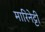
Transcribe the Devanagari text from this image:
मारिनेट्टी